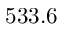
5 3 3 . 6